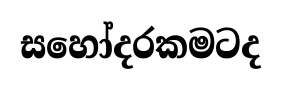
සහෝදරකමටද